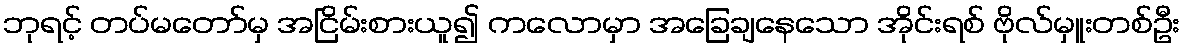
ဘုရင့် တပ်မတော်မှ အငြိမ်းစားယူ၍ ကလောမှာ အခြေချနေသော အိုင်းရစ် ဗိုလ်မှူးတစ်ဦး